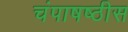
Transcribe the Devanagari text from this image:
चंपाषष्ठीस